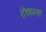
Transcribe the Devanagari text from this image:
ट्रॅव्हल्स